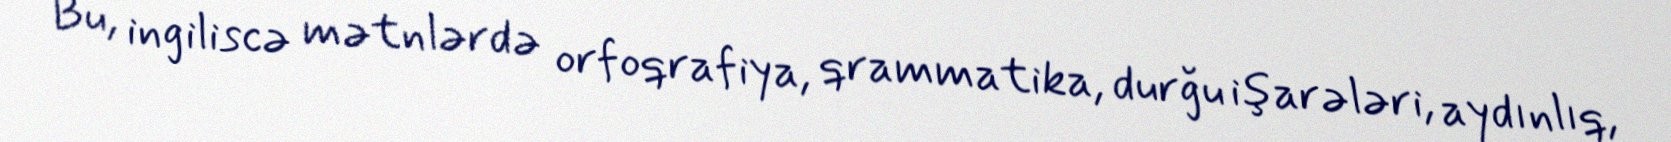
Bu, ingiliscə mətnlərdə orfoqrafiya, qrammatika, durğu işarələri, aydınlıq,